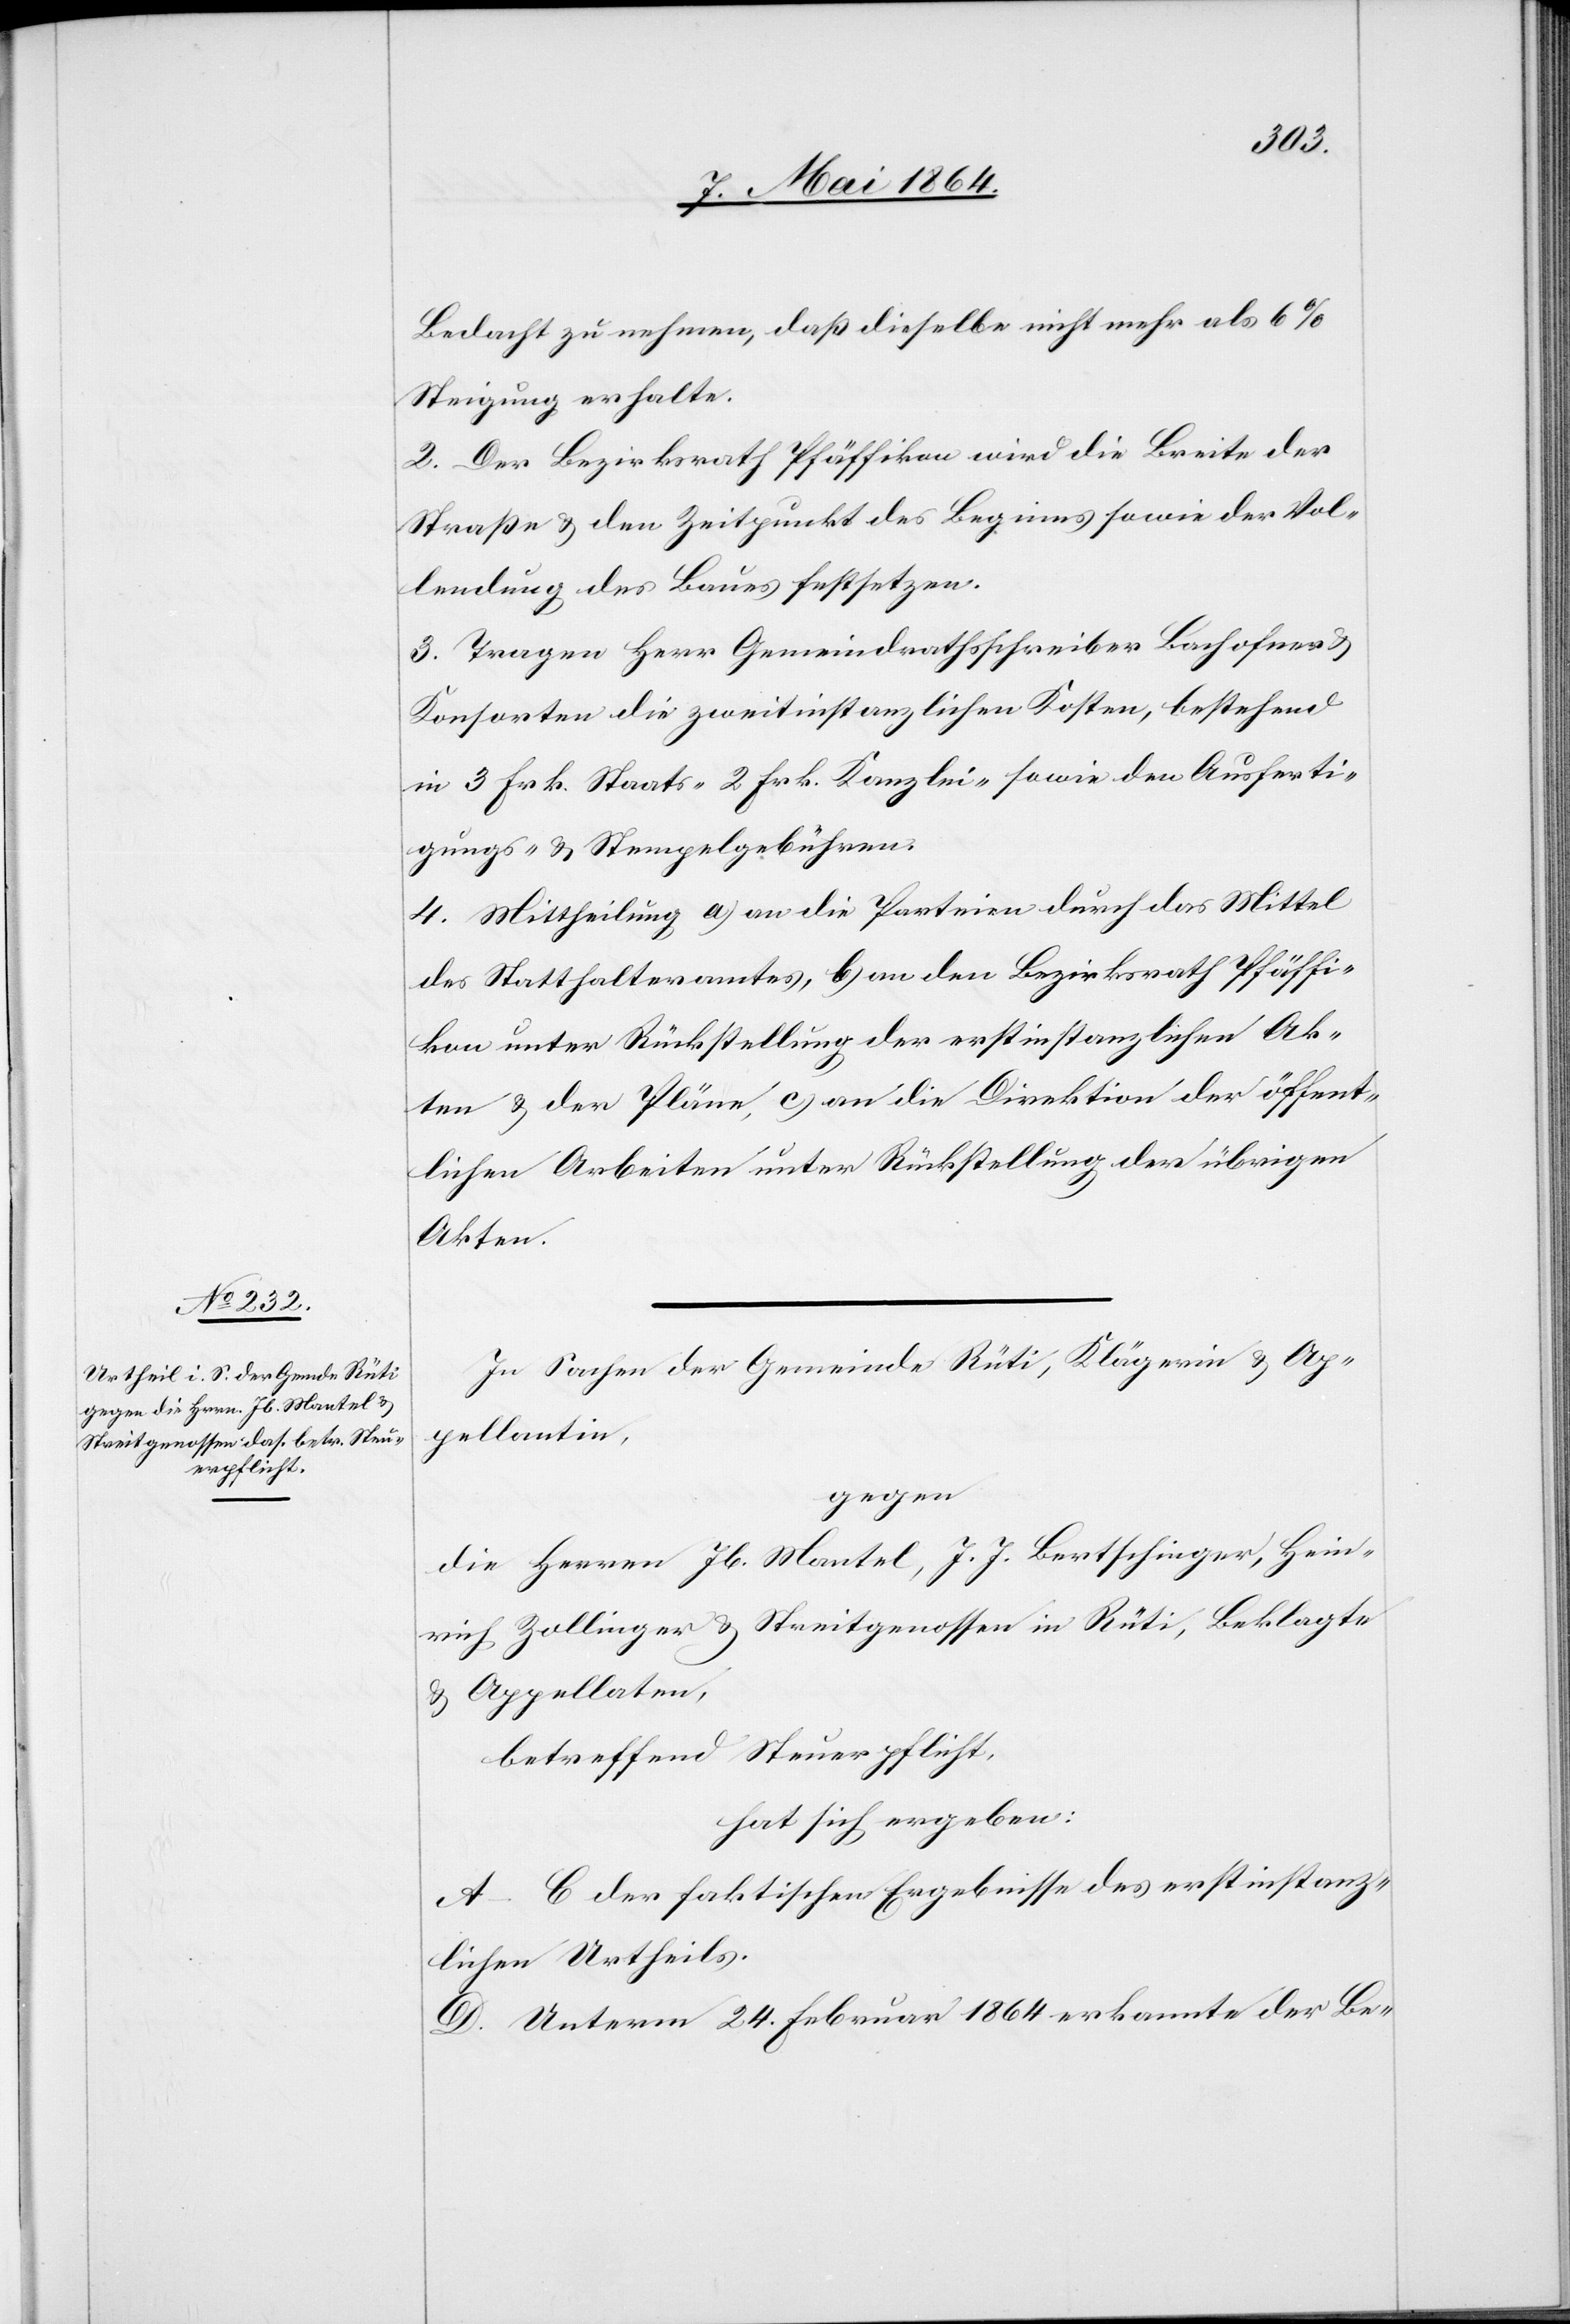
Bedacht zu nehmen, daß dieselbe nicht mehr als 6%
Steigung erhalte.
2. Der Bezirksrath Pfäffikon wird die Breite der
Straße u. den Zeitpunkt des Beginns sowie der Vol¬
lendung des Baues festsetzen.
3. Tragen Herr Gemeindrathsschreiber Bachofner u.
Konsorten die zweitinstanzlichen Kosten, bestehend
in 3 Frk. Staats-[,] 2 Frk. Kanzlei-[,] sowie den Ausferti¬
gungs- u. Stempelgebühren.
4. Mittheilung a) an die Parteien durch das Mittel
des Statthalteramtes, b) an den Bezirksrath Pfäffi¬
kon unter Rückstellung der erstinstanzlichen Ak¬
ten u. der Pläne, c) an die Direktion der öffent¬
lichen Arbeiten unter Rückstellung der übrigen
Akten.
In Sachen der Gemeinde Rüti, Klägerin u. Ap¬
pellantin,
gegen
die Herren Jb. Mantel, J. J. Bertschinger, Hein¬
rich Zollinger u. Streitgenossen in Rüti, Beklagte
u. Appellaten,
betreffend Steuerpflicht,
hat sich ergeben:
A–C der faktischen Ergebnisse des erstinstanz¬
lichen Urtheils.
D. Unterm 24. Februar 1864 erkannte der Be-